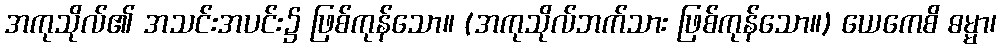
အကုသိုလ်၏ အသင်းအပင်း၌ ဖြစ်ကုန်သော။ (အကုသိုလ်ဘက်သား ဖြစ်ကုန်သော။) ယေကေစိ ဓမ္မာ၊